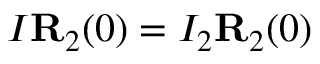
I { \bf R } _ { 2 } ( 0 ) = I _ { 2 } { \bf R } _ { 2 } ( 0 )